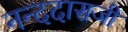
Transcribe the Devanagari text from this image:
नन्ददासजी